Vaccination North-Western Provinces 1866-1877 - 1866-1877
Year: 1866
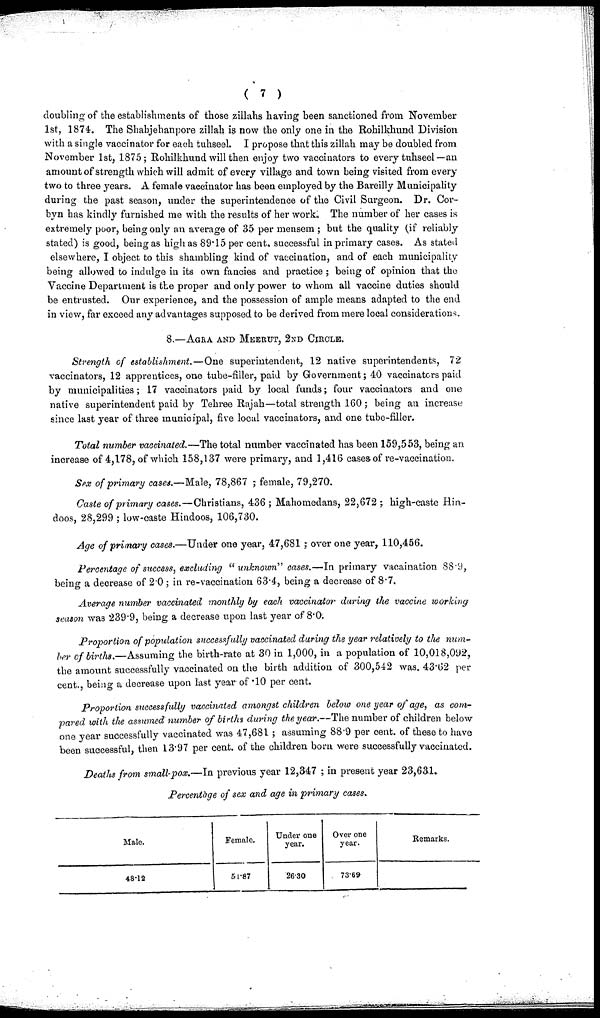
( 7 )
doubling of the establishments of those zillahs having been sanctioned from November
1st, 1874. The Shabjehanpore zillah is now the only one in the Rohilkhund Division
with a single vaccinator for each tuhseel. I propose that this zillah may be doubled from
November 1st, 1875; Rohilkhund will then enjoy two vaccinators to every tuhseel—an
amount of strength which will admit of every village and town being visited from every
two to three years. A female vaccinator has been employed by the Bareilly Municipality
during the past season, under the superintendence of the Civil Surgeon. Dr. Cor-
byn has kindly furnished me with the results of her work. The number of her cases is
extremely poor, being only an average of 35 per mensem ; but the quality (if reliably
stated) is good, being as high as 89.15 per cent. successful in primary cases. As stated
elsewhere, I object to this shambling kind of vaccination, and of each municipality
being allowed to indulge in its own fancies and practice ; being of opinion that the
Vaccine Department is the proper and only power to whom all vaccine duties should
be entrusted. Our experience, and the possession of ample means adapted to the end
in view, far exceed any advantages supposed to be derived from mere local considerations.
8.—AGRA AND MEERUT, 2ND CIRCLE.
Strength of establishment.—One superintendent, 12 native superintendents, 72
vaccinators, 12 apprentices, one tube-filler, paid by Government; 40 vaccinators paid
by municipalities; 17 vaccinators paid by local funds; four vaccinators and one
native superintendent paid by Tehree Rajah—total strength 160; being an increase
since last year of three municipal, five local vaccinators, and one tube-filler.
Total number vaccinated.—The total number vaccinated has been 159,553, being an
increase of 4,178, of which 158,137 were primary, and 1,416 cases of re-vaccination.
Sex of primary cases.—Male, 78,867 ; female, 79,270.
Caste of primary cases.—Christians, 436 ; Mahomedans, 22,672 ; high-caste Hin-
doos, 28,299 ; low-caste Hindoos, 106,730.
Age of primary cases.—Under one year, 47,681; over one year, 110,456.
Percentage of success, excluding " unknown" cases.—In primary vacaination 88.9,
being a decrease of 2.0 ; in re-vaccination 63.4, being a decrease of 8.7.
Average number vaccinated monthly by each vaccinator during the vaccine working
season was 239.9, being a decrease upon last year of 8.0.
Proportion of population successfully vaccinated during the year relatively to the num-
ber of births.—Assuming the birth-rate at 30 in 1,000, in a population of 10,018,092,
the amount successfully vaccinated on the birth addition of 300,542 was. 43.62 per
cent., being a decrease upon last year of .10 per cent.
Proportion successfully vaccinated amongst children below one year of age, as com-
pared with the assumed number of births during the year.—The number of children below
one year successfully vaccinated was 47,681 ; assuming 88.9 per cent. of these to have
been successful, then 13.97 per cent. of the children born were successfully vaccinated.
Deaths from small-pox.—In previous year 12,347 ; in present year 23,631.
Percentàge of sex and age in primary cases.
Male.
48.12
Female.
51.87
Under one
year.
26.30
Over one
year.
73.69
Remarks.